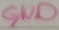
Text: GND